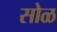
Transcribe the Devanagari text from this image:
सोळ